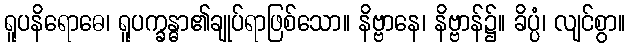
ရူပနိရောဓေ၊ ရူပက္ခန္ဓာ၏ချုပ်ရာဖြစ်သော။ နိဗ္ဗာနေ၊ နိဗ္ဗာန်၌။ ခိပ္ပံ၊ လျင်စွာ။